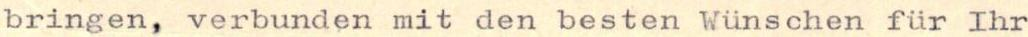
bringen, verbunden mit den besten Wünschen für Ihr